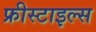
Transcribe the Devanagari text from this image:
फ्रीस्टाइल्स